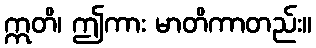
ဣတိ၊ ဤကား မာတိကာတည်း။